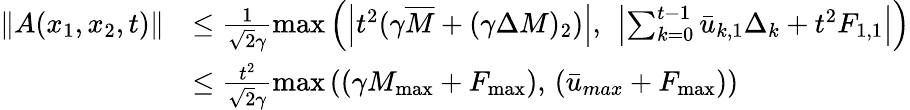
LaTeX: \begin{array}{rl}{\| A(x_{1},x_{2},t)\| }&{\leq\frac{1}{\sqrt{2}\gamma}\operatorname*{max}\left(\left|t^{2}(\gamma\overline{{M}}+(\gamma\Delta M)_{2})\right|,\ \left|\sum_{k=0}^{t-1}\bar{u}_{k,1}\Delta_{k}+t^{2}F_{1,1}\right|\right)}\\ &{\leq\frac{t^{2}}{\sqrt{2}\gamma}\operatorname*{max}\left((\gamma M_{\textrm{max}}+F_{\textrm{max}}),\, (\bar{u}_{max}+F_{\textrm{max}})\right)}\end{array}